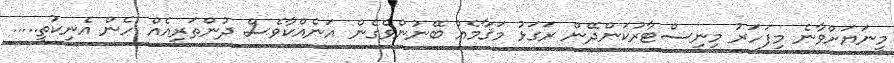
މީނަޔަށްވާނެ މިފަހަރު މިނިސްޓާރުކަންދޭން ރަގަޅު މަޤާމެއް ބޭނުންވެގެން އަނެއްކާވެސް ދުންތަރިއެއް ހެން އެނިކުތީ.....